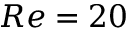
R e = 2 0